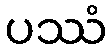
ပဿံ